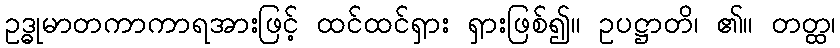
ဥဒ္ဓုမာတကာကာရအားဖြင့် ထင်ထင်ရှား ရှားဖြစ်၍။ ဥပဋ္ဌာတိ၊ ၏။ တတ္ထ၊